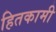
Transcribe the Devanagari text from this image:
हितकामी